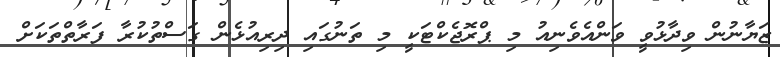
ޒަޔާނުން ވިދާޅުވީ ވަންއެވެނިއު މި ޕްރޮޖެކްޓަކީ މި ތަނުގައި ދިރިއުޅެން ގަސްތުކުރާ ފަރާތްތަކަށް